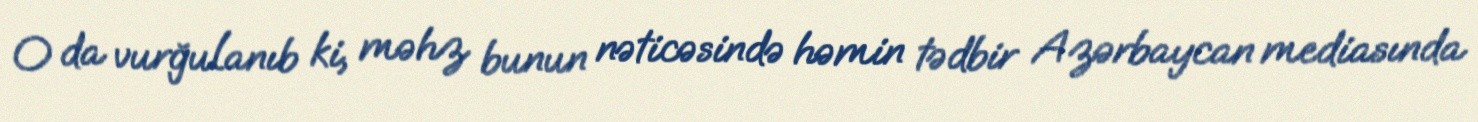
O da vurğulanıb ki, məhz bunun nəticəsində həmin tədbir Azərbaycan mediasında